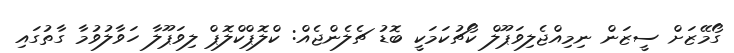
ގޯމޭޒަށް ސީޒަން ނިމިއްޖެލިވަޕޫލް ކޯޗުކަމަކީ ބޮޑު ޗެލެންޖެއް: ކްލޮޕްކްލޮޕް ލިވަޕޫލާ ހަވާލުވުމާ ގާތުގައި